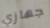
جهازي